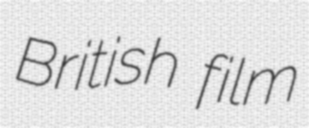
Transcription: British film